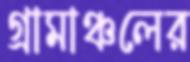
গ্রামাঞ্চলের